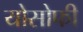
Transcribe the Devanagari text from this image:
योसोफी